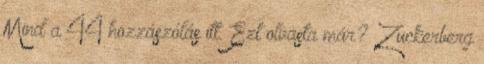
Mind a 44 hozzászólás itt. Ezt olvasta már? Zuckerberg